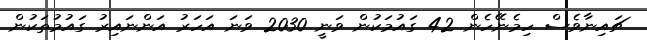
ޗައިނާވެސް ހިމެނޭހެން 42 ގައުމަކުން ވަނީ 2030 ވަނަ އަހަރު އަންނައިރު ގައުމުތަކުން